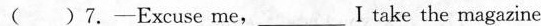
（）7.-Excuseme,___I take the magazine